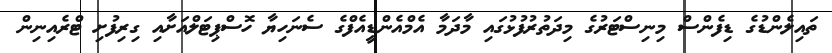
ތައިލެންޑުގެ ޑިފެންސް މިނިސްޓަރުގެ މިދަތުރުފުޅުގައި މާދަމާ އެމްއެންޑީއެފްގެ ސެނަހިޔާ ހޮސްޕިޓަލްއަށާއި ގިރިފުށި ޓްރެއިނިން